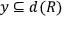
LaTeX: y \subseteq d ( R )